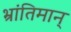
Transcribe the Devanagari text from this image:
भ्रांतिमान्